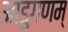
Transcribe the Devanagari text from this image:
आडुगणम्